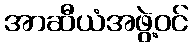
အာဆီယံအဖွဲ့ဝင်